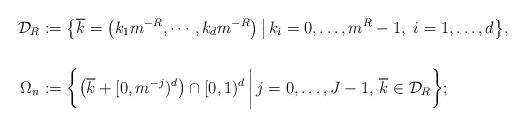
LaTeX: \begin{align*} \mathcal{D}_{R}&:=\big\{\overline{k}=\big(k_1m^{-R},\cdots,k_dm^{-R}\big)\, \big|\, k_i=0,\ldots,m^{R}-1, \ i=1,\ldots,d\big\}, \\ \\ \Omega_n&:=\bigg\{\big(\overline{k}+[0,m^{-j})^d\big)\cap[0,1)^d\, \bigg|\, j=0,\ldots,J-1,\, \overline{k}\in\mathcal{D}_{R} \bigg\}; \end{align*}